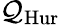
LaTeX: \mathcal{Q}_{\mathrm{{Hur}}}